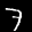
Label: 7